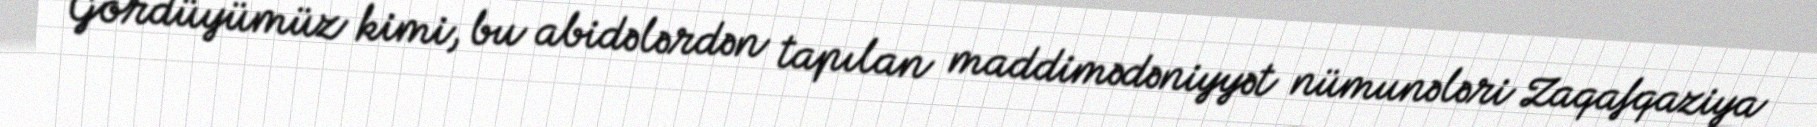
Gördüyümüz kimi, bu abidələrdən tapılan maddimədəniyyət nümunələri Zaqafqaziya